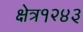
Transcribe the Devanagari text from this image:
क्षेत्र१२४३